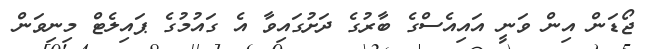
ޖޯޑަން އިން ވަނީ އައިއެސްގެ ބާރުގެ ދަށުގައިވާ އެ ގައުމުގެ ޕައިލެޓް މިނިވަން